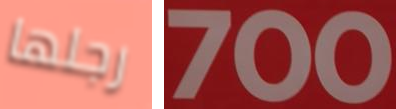
رجلها 700